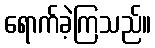
ရောက်ခဲ့ကြသည်။